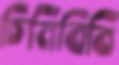
চিনিবিবি